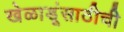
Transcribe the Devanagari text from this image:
खेळाडूंसाठीची